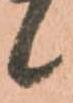
候